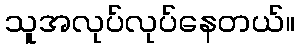
သူအလုပ်လုပ်နေတယ်။